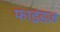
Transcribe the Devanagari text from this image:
फाइंडज़